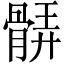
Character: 𩩖